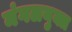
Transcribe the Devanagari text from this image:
मंगलयुक्त